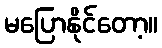
မပြောနိုင်တော့။